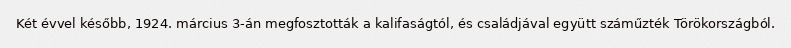
Két évvel később, 1924. március 3-án megfosztották a kalifaságtól, és családjával együtt száműzték Törökországból.